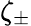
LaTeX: \zeta_{\pm}